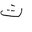
Letter: _tha